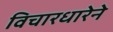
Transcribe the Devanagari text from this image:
विचारधारेने